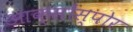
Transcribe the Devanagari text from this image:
आक्सोंस्पोर